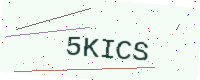
Text: 5KICS